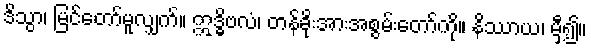
ဒိသွာ၊ မြင်တော်မူလျှက်။ ဣဒ္ဓိဗလံ၊ တန်ခိုးအားအစွမ်းတော်ကို။ နိဿာယ၊ မှီ၍။